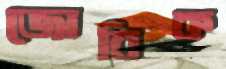
জোবিক